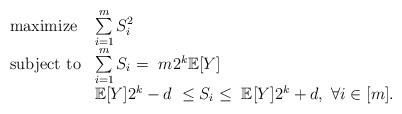
LaTeX: \begin{align*}\begin{array}{ll}{\rm{maximize}} & \sum\limits_{i=1}^m S_i^2 \\ {\rm{subject \ to}} & \sum\limits_{i=1}^{m} S_i = \ m 2^k \mathbb{E}[Y]\\ & \mathbb{E}[Y] 2^k - d \ \leq S_i \leq \ \mathbb{E}[Y] 2^k + d, \ \forall i \in [m].\end{array}\end{align*}